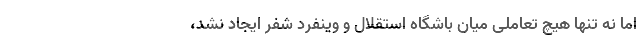
اما نه تنها هیچ تعاملی میان باشگاه استقلال و وینفرد شفر ایجاد نشد،